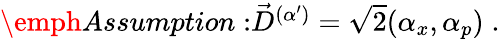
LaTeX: \begin{array}{r}{\emph{Assumption:}\vec{D}^{(\alpha^{\prime})}=\sqrt{2}(\alpha_{x},\alpha_{p})\; .}\end{array}